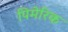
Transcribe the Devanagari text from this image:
पिमेरिक